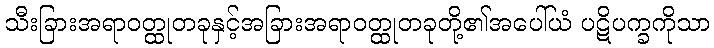
သီးခြားအရာဝတ္ထုတခုနှင့်အခြားအရာဝတ္ထုတခုတို့၏အပေါ်ယံ ပဋိပက္ခကိုသာ